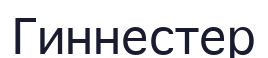
Гиннестер